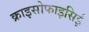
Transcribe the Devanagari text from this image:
क्राइसोफाइसिई